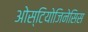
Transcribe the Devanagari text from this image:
ओस्टियोजिनेसिस